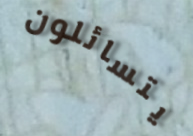
يتسائلون